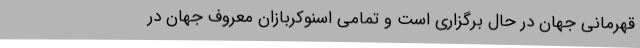
قهرمانی جهان در حال برگزاری است و تمامی اسنوکربازان معروف جهان در